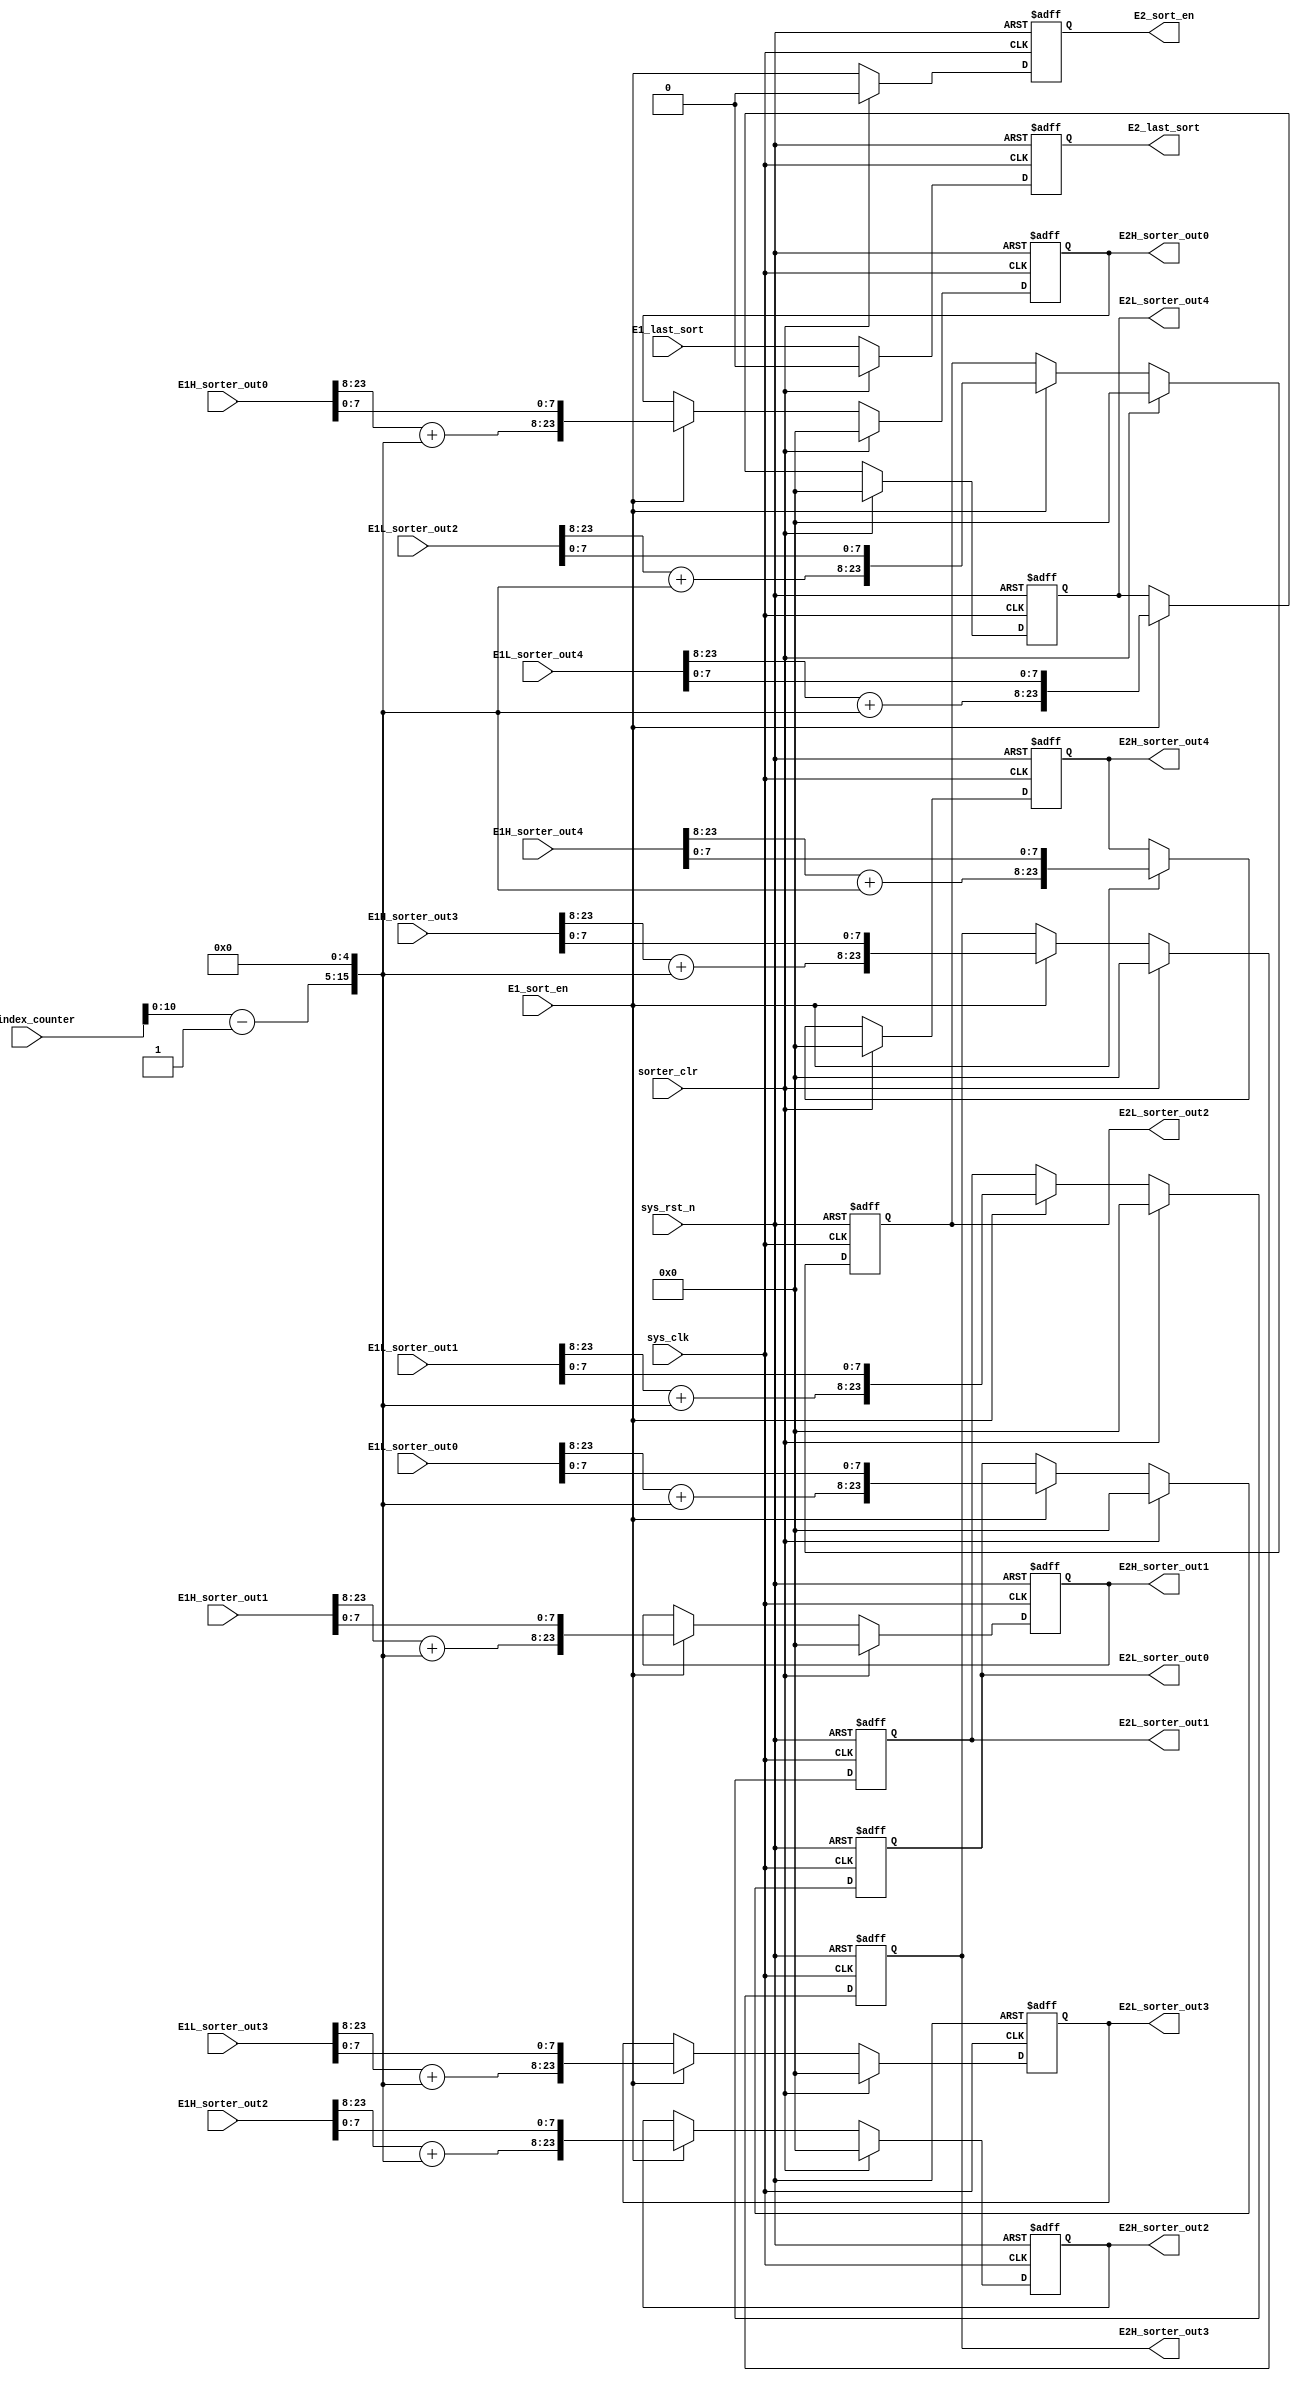
module sort_E2(
///input//////////////////////////////////
sys_clk,
sys_rst_n,
sorter_clr,
E1H_sorter_out0,
E1H_sorter_out1,
E1H_sorter_out2,
E1H_sorter_out3,
E1H_sorter_out4,
E1L_sorter_out0,
E1L_sorter_out1,
E1L_sorter_out2,
E1L_sorter_out3,
E1L_sorter_out4,
E1_sort_en,
E1_index_counter,
E1_last_sort,
/////output/////////////////////////////////
E2H_sorter_out0,
E2H_sorter_out1,
E2H_sorter_out2,
E2H_sorter_out3,
E2H_sorter_out4,
E2L_sorter_out0,
E2L_sorter_out1,
E2L_sorter_out2,
E2L_sorter_out3,
E2L_sorter_out4,
E2_last_sort,
E2_sort_en
//E2_index_counter

);

parameter Data_Width = 8;  
parameter Index_Width=16;

input   sys_clk;
input   sys_rst_n;
input   sorter_clr;
input  [Index_Width + Data_Width - 1 :0] E1H_sorter_out0;
input  [Index_Width + Data_Width - 1 :0] E1H_sorter_out1;
input  [Index_Width + Data_Width - 1 :0] E1H_sorter_out2;
input  [Index_Width + Data_Width - 1 :0] E1H_sorter_out3;
input  [Index_Width + Data_Width - 1 :0] E1H_sorter_out4;
input  [Index_Width + Data_Width - 1 :0] E1L_sorter_out0;
input  [Index_Width + Data_Width - 1 :0] E1L_sorter_out1;
input  [Index_Width + Data_Width - 1 :0] E1L_sorter_out2;
input  [Index_Width + Data_Width - 1 :0] E1L_sorter_out3;
input  [Index_Width + Data_Width - 1 :0] E1L_sorter_out4;
input   E1_sort_en;
input  [Index_Width-1 :0] E1_index_counter;
input  E1_last_sort;


output reg [Index_Width + Data_Width - 1 :0] E2H_sorter_out0; 
output reg [Index_Width + Data_Width - 1 :0] E2H_sorter_out1; 
output reg [Index_Width + Data_Width - 1 :0] E2H_sorter_out2; 
output reg [Index_Width + Data_Width - 1 :0] E2H_sorter_out3; 
output reg [Index_Width + Data_Width - 1 :0] E2H_sorter_out4; 
output reg [Index_Width + Data_Width - 1 :0] E2L_sorter_out0; 
output reg [Index_Width + Data_Width - 1 :0] E2L_sorter_out1; 
output reg [Index_Width + Data_Width - 1 :0] E2L_sorter_out2; 
output reg [Index_Width + Data_Width - 1 :0] E2L_sorter_out3; 
output reg [Index_Width + Data_Width - 1 :0] E2L_sorter_out4; 
output reg  E2_sort_en;   
output reg  E2_last_sort;   
//output reg  E2_index_counter ;

wire  [ Index_Width -1:0] index_valueL0;      
wire  [ Index_Width -1:0] index_valueL1;
wire  [ Index_Width -1:0] index_valueL2;
wire  [ Index_Width -1:0] index_valueL3;      
wire  [ Index_Width -1:0] index_valueL4;
wire  [ Index_Width -1:0] index_valueH0;
wire  [ Index_Width -1:0] index_valueH1;
wire  [ Index_Width -1:0] index_valueH2;
wire  [ Index_Width -1:0] index_valueH3;      
wire  [ Index_Width -1:0] index_valueH4;

assign index_valueL0 = E1L_sorter_out0[Index_Width + Data_Width - 1: Data_Width ] + ((E1_index_counter-1) << 5);
assign index_valueL1 = E1L_sorter_out1[Index_Width + Data_Width - 1: Data_Width ] + ((E1_index_counter-1) << 5);
assign index_valueL2 = E1L_sorter_out2[Index_Width + Data_Width - 1: Data_Width ] + ((E1_index_counter-1) << 5);
assign index_valueL3 = E1L_sorter_out3[Index_Width + Data_Width - 1: Data_Width ] + ((E1_index_counter-1) << 5);
assign index_valueL4 = E1L_sorter_out4[Index_Width + Data_Width - 1: Data_Width ] + ((E1_index_counter-1) << 5);
assign index_valueH0 = E1H_sorter_out0[Index_Width + Data_Width - 1: Data_Width ] + ((E1_index_counter-1) << 5);
assign index_valueH1 = E1H_sorter_out1[Index_Width + Data_Width - 1: Data_Width ] + ((E1_index_counter-1) << 5);
assign index_valueH2 = E1H_sorter_out2[Index_Width + Data_Width - 1: Data_Width ] + ((E1_index_counter-1) << 5);
assign index_valueH3 = E1H_sorter_out3[Index_Width + Data_Width - 1: Data_Width ] + ((E1_index_counter-1) << 5);
assign index_valueH4 = E1H_sorter_out4[Index_Width + Data_Width - 1: Data_Width ] + ((E1_index_counter-1) << 5);



always @(posedge sys_clk, negedge sys_rst_n)
begin
	if(!sys_rst_n)
	begin
		E2H_sorter_out0 <= 0;
		E2H_sorter_out1 <= 0;
		E2H_sorter_out2 <= 0;
		E2H_sorter_out3 <= 0;
		E2H_sorter_out4 <= 0;
		E2L_sorter_out0 <= 0;
		E2L_sorter_out1 <= 0;
		E2L_sorter_out2 <= 0;
		E2L_sorter_out3 <= 0;
		E2L_sorter_out4 <= 0;
	end else if(sorter_clr)
	begin
		E2H_sorter_out0 <= 0;
		E2H_sorter_out1 <= 0;
		E2H_sorter_out2 <= 0;
		E2H_sorter_out3 <= 0;
		E2H_sorter_out4 <= 0;
		E2L_sorter_out0 <= 0;
		E2L_sorter_out1 <= 0;
		E2L_sorter_out2 <= 0;
		E2L_sorter_out3 <= 0;
		E2L_sorter_out4 <= 0;
		end
	else 
	if(E1_sort_en) begin
		E2H_sorter_out0 <= {index_valueH0, E1H_sorter_out0[Data_Width - 1 : 0]};
		E2H_sorter_out1 <= {index_valueH1, E1H_sorter_out1[Data_Width - 1 : 0]};
		E2H_sorter_out2 <= {index_valueH2, E1H_sorter_out2[Data_Width - 1 : 0]};
		E2H_sorter_out3 <= {index_valueH3, E1H_sorter_out3[Data_Width - 1 : 0]};
		E2H_sorter_out4 <= {index_valueH4, E1H_sorter_out4[Data_Width - 1 : 0]};
		E2L_sorter_out0 <= {index_valueL0, E1L_sorter_out0[Data_Width - 1 : 0]};
		E2L_sorter_out1 <= {index_valueL1, E1L_sorter_out1[Data_Width - 1 : 0]};
		E2L_sorter_out2 <= {index_valueL2, E1L_sorter_out2[Data_Width - 1 : 0]};
		E2L_sorter_out3 <= {index_valueL3, E1L_sorter_out3[Data_Width - 1 : 0]};
		E2L_sorter_out4 <= {index_valueL4, E1L_sorter_out4[Data_Width - 1 : 0]};

	end	
		
end
////////////////////////////////////////////////////////
always @(posedge sys_clk, negedge sys_rst_n)
begin
	if(!sys_rst_n)
	begin
	   E2_sort_en  		<= 0;
		E2_last_sort    <= 0;
	end else if(sorter_clr)
	begin
	   E2_sort_en  		<= 0;
		E2_last_sort    <= 0;
    end else begin
      E2_sort_en   <= E1_sort_en;  
	  E2_last_sort <= E1_last_sort; 
    end
end
endmodule